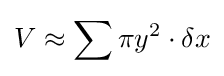
V\approx \sum \pi y^{2}\cdot \delta x